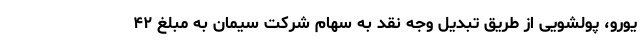
یورو، پولشویی از طریق تبدیل وجه نقد به سهام شرکت سیمان به مبلغ ۴۲